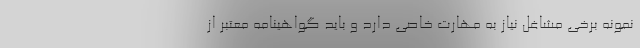
نمونه برخی مشاغل نیاز به مهارت خاصی دارد و باید گواهینامه معتبر از